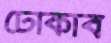
ঢোকাব